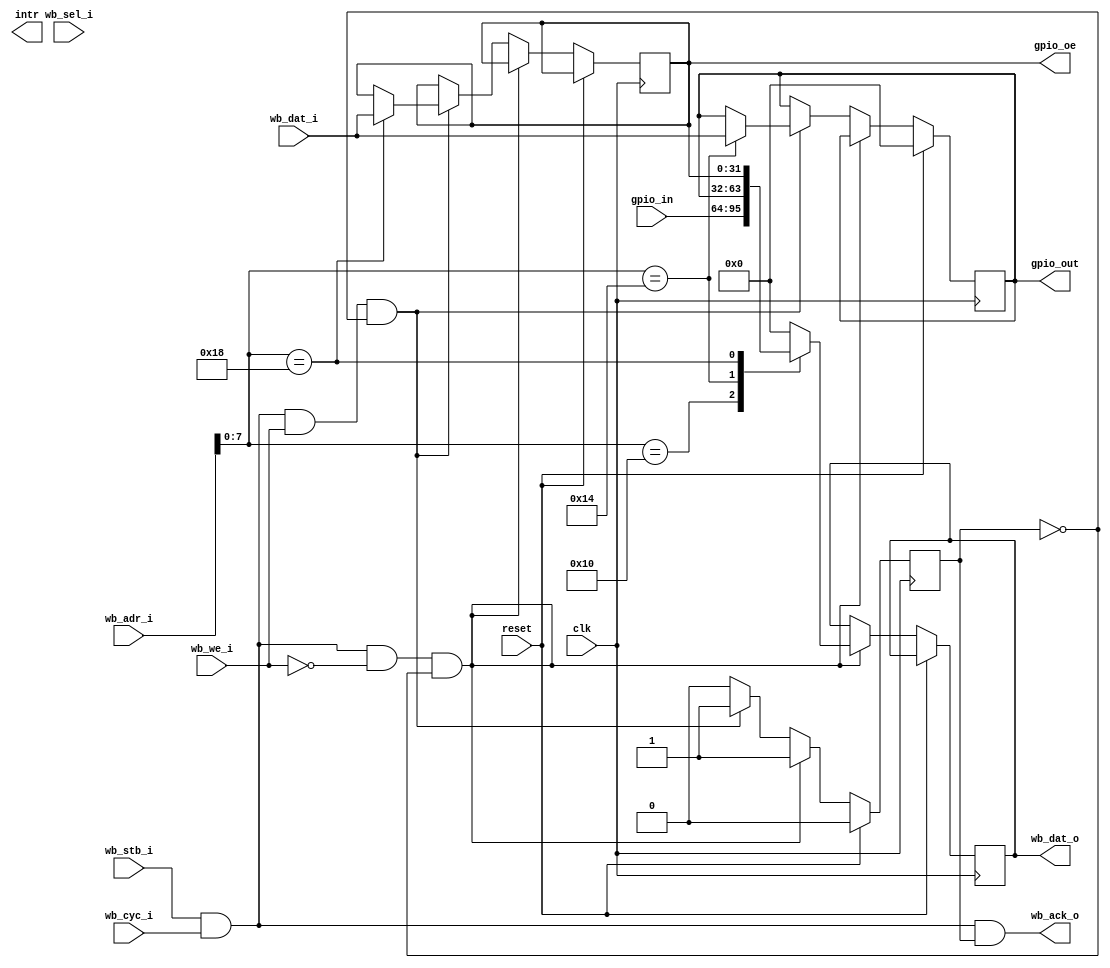
//---------------------------------------------------------------------------
// Wishbone General Pupose IO Component
//
//     0x00	
//     0x10     gpio_in    (read-only)
//     0x14     gpio_out   (read/write)
//     0x18     gpio_oe    (read/write)
//
//---------------------------------------------------------------------------

module wb_gpio (
	input              clk,
	input              reset,
	// Wishbone interface
	input              wb_stb_i,
	input              wb_cyc_i,
	output             wb_ack_o,
	input              wb_we_i,
	input       [31:0] wb_adr_i,
	input        [3:0] wb_sel_i,
	input       [31:0] wb_dat_i,
	output reg  [31:0] wb_dat_o,
	//
	output             intr,
	// IO Wires
	input       [31:0] gpio_in,
	output reg  [31:0] gpio_out,
	output reg  [31:0] gpio_oe
);

//---------------------------------------------------------------------------
// 
//---------------------------------------------------------------------------

wire [31:0] gpiocr = 32'b0;

// Wishbone
reg  ack;
assign wb_ack_o = wb_stb_i & wb_cyc_i & ack;

wire wb_rd = wb_stb_i & wb_cyc_i & ~wb_we_i;
wire wb_wr = wb_stb_i & wb_cyc_i &  wb_we_i;

always @(posedge clk)
begin
	if (reset) begin
		ack      <= 0;
		gpio_out <= 'b0;
	end else begin
		// Handle WISHBONE access
		ack    <= 0;

		if (wb_rd & ~ack) begin           // read cycle
			ack <= 1;

			case (wb_adr_i[7:0])
			'h00: wb_dat_o <= gpiocr;
			'h10: wb_dat_o <= gpio_in;
			'h14: wb_dat_o <= gpio_out;
			'h18: wb_dat_o <= gpio_oe;
			default: wb_dat_o <= 32'b0;
			endcase
		end else if (wb_wr & ~ack ) begin // write cycle
			ack <= 1;

			case (wb_adr_i[7:0])
			'h00: begin
			end
			'h14: gpio_out <= wb_dat_i;
			'h18: gpio_oe  <= wb_dat_i;
			endcase
		end
	end
end


endmodule